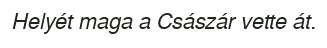
Helyét maga a Császár vette át.